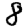
Digit: 8